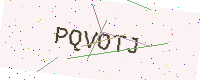
Text: PQVOTJ